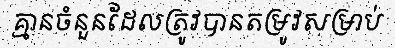
គ្មានចំនួនដែលត្រូវបានតម្រូវសម្រាប់